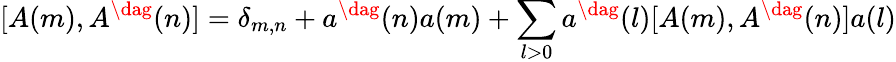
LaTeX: [A(m),A^{\dag}(n)]=\delta_{m,n}+a^{\dag}(n)a(m)+\sum_{l>0}a^{\dag}(l)[A(m),A^{\dag}(n)]a(l)